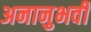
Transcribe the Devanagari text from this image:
अनानुभवी